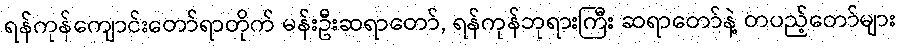
ရန်ကုန်ကျောင်းတော်ရာတိုက် မန်းဦးဆရာတော်, ရန်ကုန်ဘုရားကြီး ဆရာတော်နဲ့ တပည့်တော်များ